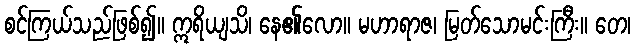
စင်ကြယ်သည်ဖြစ်၍။ ဣရိယျသိ၊ နေ၏လော။ မဟာရာဇ၊ မြတ်သောမင်းကြီး။ တေ၊